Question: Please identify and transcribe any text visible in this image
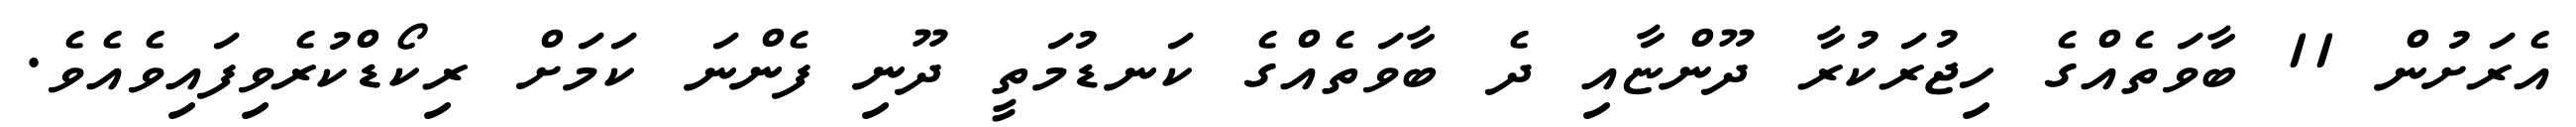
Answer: އެރަށުން 11 ބާވަތެއްގެ ހިޖުރަކުރާ ދޫންޏާއި ދެ ބާވަތެއްގެ ކަނޑުމަތީ ދޫނި ފެންނަ ކަމަށް ރިކޯޑްކުރެވިފައިވެއެވެ.